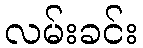
လမ်းခင်း